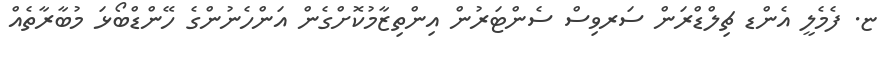
ޏ. ފެމެލީ އެންޑ ޗިލްޑްރަން ސަރވިސް ސެންޓަރުން އިންތިޒާމުކޮށްގެން އަންހެނުންގެ ހޭންޑްބޯޅަ މުބާރާތެއް